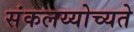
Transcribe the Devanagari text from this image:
संकलय्योच्यते